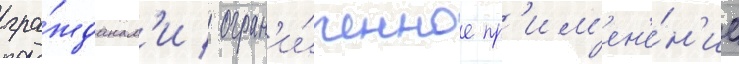
гра́жданам'и / огран'и́ченное пр'им'ен'е́н'ие